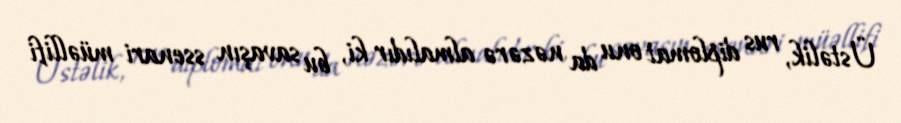
Üstəlik, rus diplomat onu da nəzərə almalıdır ki, bu savaşın ssenari müəllifi